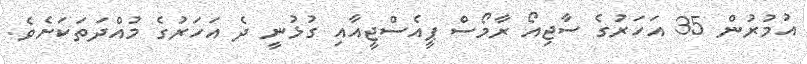
އުމުރުން 35 އަހަރުގެ ސާޖިއޯ ރާމޯސް ޕީއެސްޖީއާއި ގުޅުނީ ދެ އަހަރުގެ މުއްދަތަކަށެވެ.